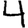
Digit: 4